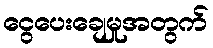
ငွေပေးချေမှုအတွက်